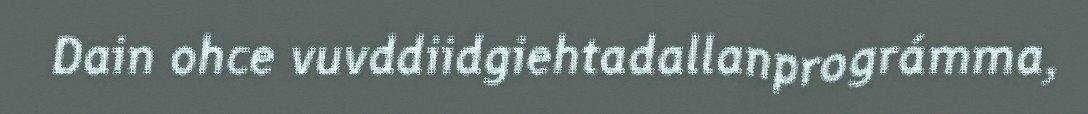
Dain ohce vuvddiidgiehtadallanprográmma,